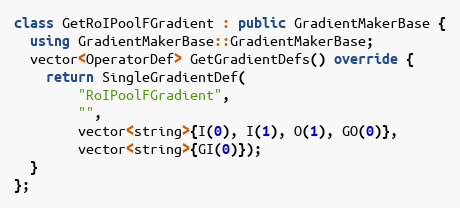
Language: C++
class GetRoIPoolFGradient : public GradientMakerBase {
  using GradientMakerBase::GradientMakerBase;
  vector<OperatorDef> GetGradientDefs() override {
    return SingleGradientDef(
        "RoIPoolFGradient",
        "",
        vector<string>{I(0), I(1), O(1), GO(0)},
        vector<string>{GI(0)});
  }
};